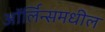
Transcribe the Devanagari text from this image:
ऑर्लिन्समधील